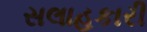
સલાહકારી